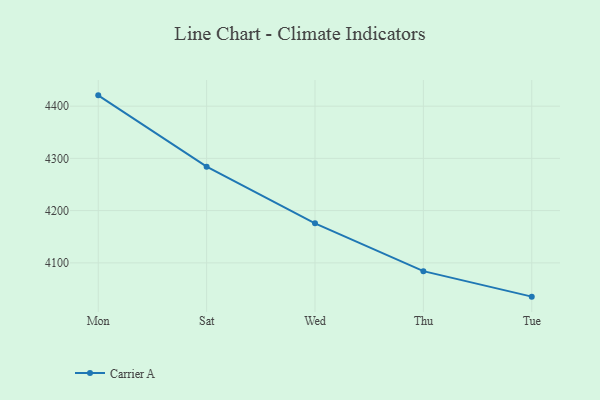
{"axis": {"x": "Day", "y": "Temperature (°C)"}, "legend": ["Carrier A"], "data": [{"x": "Mon", "y": 4420.7, "type": "Carrier A"}, {"x": "Sat", "y": 4284.1, "type": "Carrier A"}, {"x": "Wed", "y": 4175.7, "type": "Carrier A"}, {"x": "Thu", "y": 4084.1, "type": "Carrier A"}, {"x": "Tue", "y": 4035.3, "type": "Carrier A"}]}